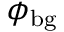
\phi _ { \mathrm { b g } }